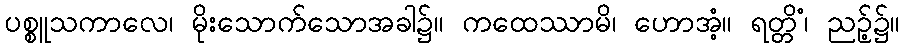
ပစ္စူသကာလေ၊ မိုးသောက်သောအခါ၌။ ကထေဿာမိ၊ ဟောအံ့။ ရတ္တိံ၊ ညဉ့်၌။